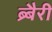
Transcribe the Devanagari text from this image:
ब्र्बैरी